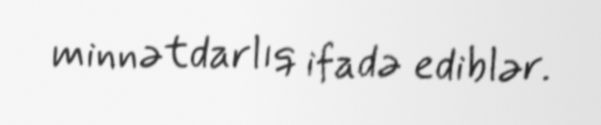
minnətdarlıq ifadə ediblər.